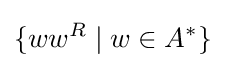
\{ww^{R}\mid w\in A^{*}\}